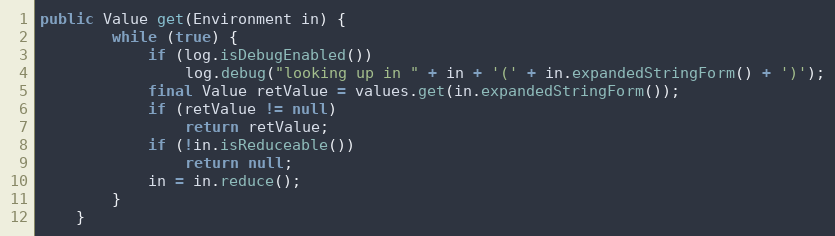
Language: Java
public Value get(Environment in) {
        while (true) {
            if (log.isDebugEnabled())
                log.debug("looking up in " + in + '(' + in.expandedStringForm() + ')');
			final Value retValue = values.get(in.expandedStringForm());
            if (retValue != null)
                return retValue;
            if (!in.isReduceable())
                return null;
            in = in.reduce();
        }
    }